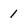
Character: 1